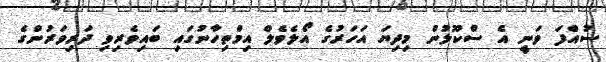
ސުއްފަ ވަނީ އެ ސްކޫލުން މިދިޔަ އަހަރުގެ އޯލެވެލް އިމްތިހާނުގައި ބައިވެރިވި ދަރިވަރުންގެ